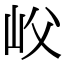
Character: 𡵛